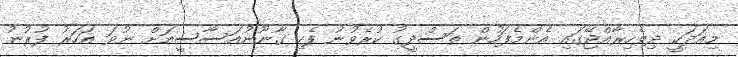
މިއަދަކީ ދިވެހިރާއްޖޭގައި އެންމެފަހުން ތަސްދީގު ކުރެވުނު ފެހި ގާނޫނުއަސާސީއަށް ނުވަ އަހަރު ފުރުނު